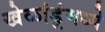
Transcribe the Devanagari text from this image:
खेळांडूंमध्ये